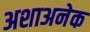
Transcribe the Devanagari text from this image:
अशाअनेक